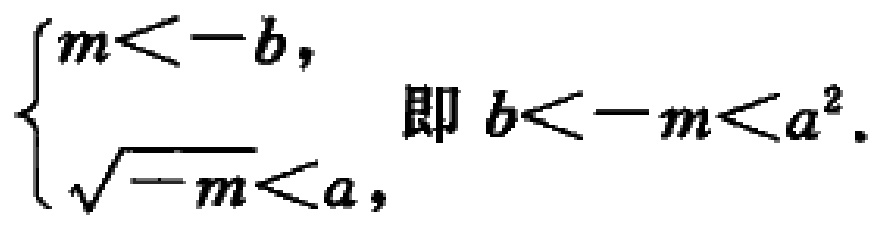
\(\begin{cases}
m < -b, \\
\sqrt{-m} < a,
\end{cases}\text{ 即 }b < -m < a^{2}.\)